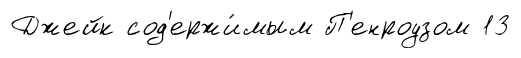
Джейк сод'ержи́мым П'енроузом 13